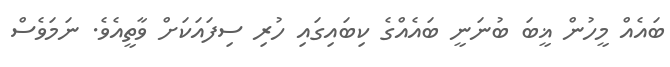
ބައެއް މީހުން ޣީބަ ބުނަނީ ބައެއްގެ ކިބައިގައި ހުރި ސިފައަކަށް ވާތީއެވެ. ނަމަވެސް